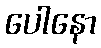
ပေါနော